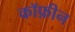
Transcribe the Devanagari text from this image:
कॉफ़ीन